Leaving Certificate, 1899
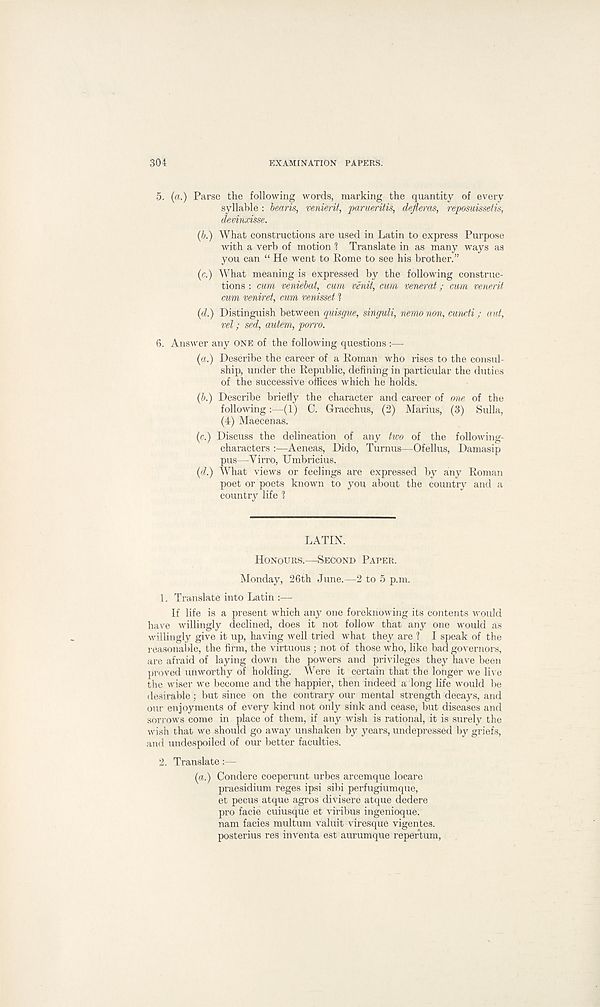
304
EXAMINATION PAPERS.
5. (a.) Parse the following words, marking the quantity of every
syllable : bearis, venierit, parueritis, defleras, reposuissetis,
devinxisse.
(b.) What constructions are used in Latin to express Purpose
with a verb of motion I Translate in as many ways as
you can “ He went to Rome to see his brother.”
(c.) What meaning is expressed by the following construc-
tions : cum veniebat, cum venit, cum venerat; cum venerit
cum veniret, cum venisset ?
(d.) Distinguish between quisgue, singuli, nemo non, cuncti; aut,
vel; sed, autem, porro.
6. Answer any ONE of the following questions :—
(«.) Describe the career of a Roman who rises to the consul-
ship, under the Republic, defining in particular the duties
of the successive offices which he holds.
(b.) Describe briefly the character and career of one of the
following:—(1) C. Gracchus, (2) Marius, (3) Sulla,
(4) Maecenas.
(c.) Discuss the delineation of any two of the following-
characters :—Aeneas, Dido, Turnus—Ofellus, Damasip
pus—Yirro, Umbricius.
(d.) What views or feelings are expressed by any Roman
poet or poets known to you about the country and a
country life 1
LATIN.
HONOURS.—SECOND PAPER.
Monday, 26th June.—2 to 5 p.m.
1. Translate into Latin :—
If life is a present which any one foreknowing its contents would
have willingly declined, does it not follow that any one would as
willingly give it up, having well tried what they are 1 I speak of the
reasonable, the firm, the virtuous ; not of those who, like bad governors,
are afraid of laying down the powers and privileges they have been
proved unworthy of holding. Were it certain that the longer we live
the wiser we become and the happier, then indeed a long life would be
desirable; but since on the contrary our mental strength decays, and
our enjoyments of every kind not only sink and cease, but diseases and
sorrows come in place of them, if any wish is rational, it is surely the
wish that we should go away unshaken by years, undepressed by griefs,
and undespoiled of our better faculties.
2. Translate:—
(a.) Condere coeperunt urbes arcemque locare
praesidium reges ipsi sibi perfugiumque,
et pecus atque agros divisere atque dedere
pro facie cuiusque et viribus ingenioque.
nam facies multum valuit viresque vigentes.
posterius res inventa est aurumque repertum,